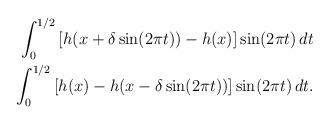
LaTeX: \begin{align*}\begin{aligned}\int_{0}^{1/2}\left[h(x +\delta\sin(2\pi t))- h(x)\right]\sin(2\pi t)\,dt \\\int_{0}^{1/2}\left[h(x)-h( x-\delta\sin(2\pi t)) \right]\sin(2\pi t)\,dt.\end{aligned}\end{align*}